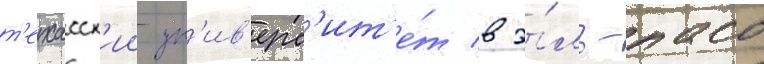
т'ехасск'ии ун'ив'ерс'ит'е́т в э́ль-пасо